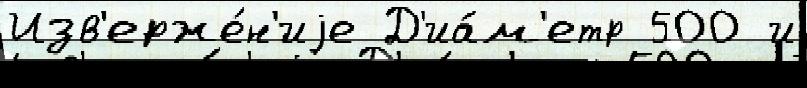
Изв'ерже́н'иjе Д'иа́м'етр 500 и